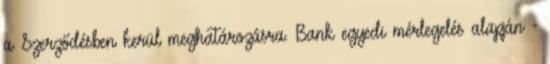
a Szerződésben kerül meghatározásra. Bank egyedi mérlegelés alapján -